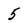
Character: 5